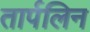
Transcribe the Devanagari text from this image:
तार्पलिन